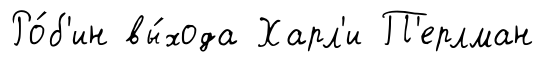
Ро́б'ин вы́хода Харл'и П'ерлман